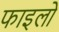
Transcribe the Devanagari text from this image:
फाइलो